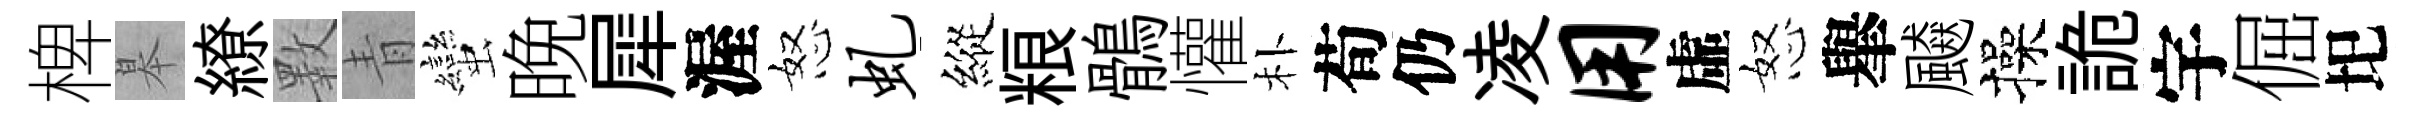
椑皋繚斁青蠻晚犀渥怒虬縱粮鶻懽朴荀仍凌用虛怒𦦙飇操詭宇倔圯